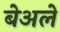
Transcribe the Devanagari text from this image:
बेअले